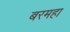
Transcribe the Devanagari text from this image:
बरमहा